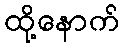
ထို့နောက်